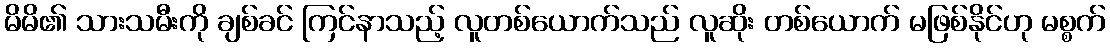
မိမိ၏ သားသမီးကို ချစ်ခင် ကြင်နာသည့် လူတစ်ယောက်သည် လူဆိုး တစ်ယောက် မဖြစ်နိုင်ဟု မစ္စက်